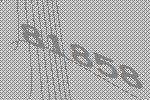
81858